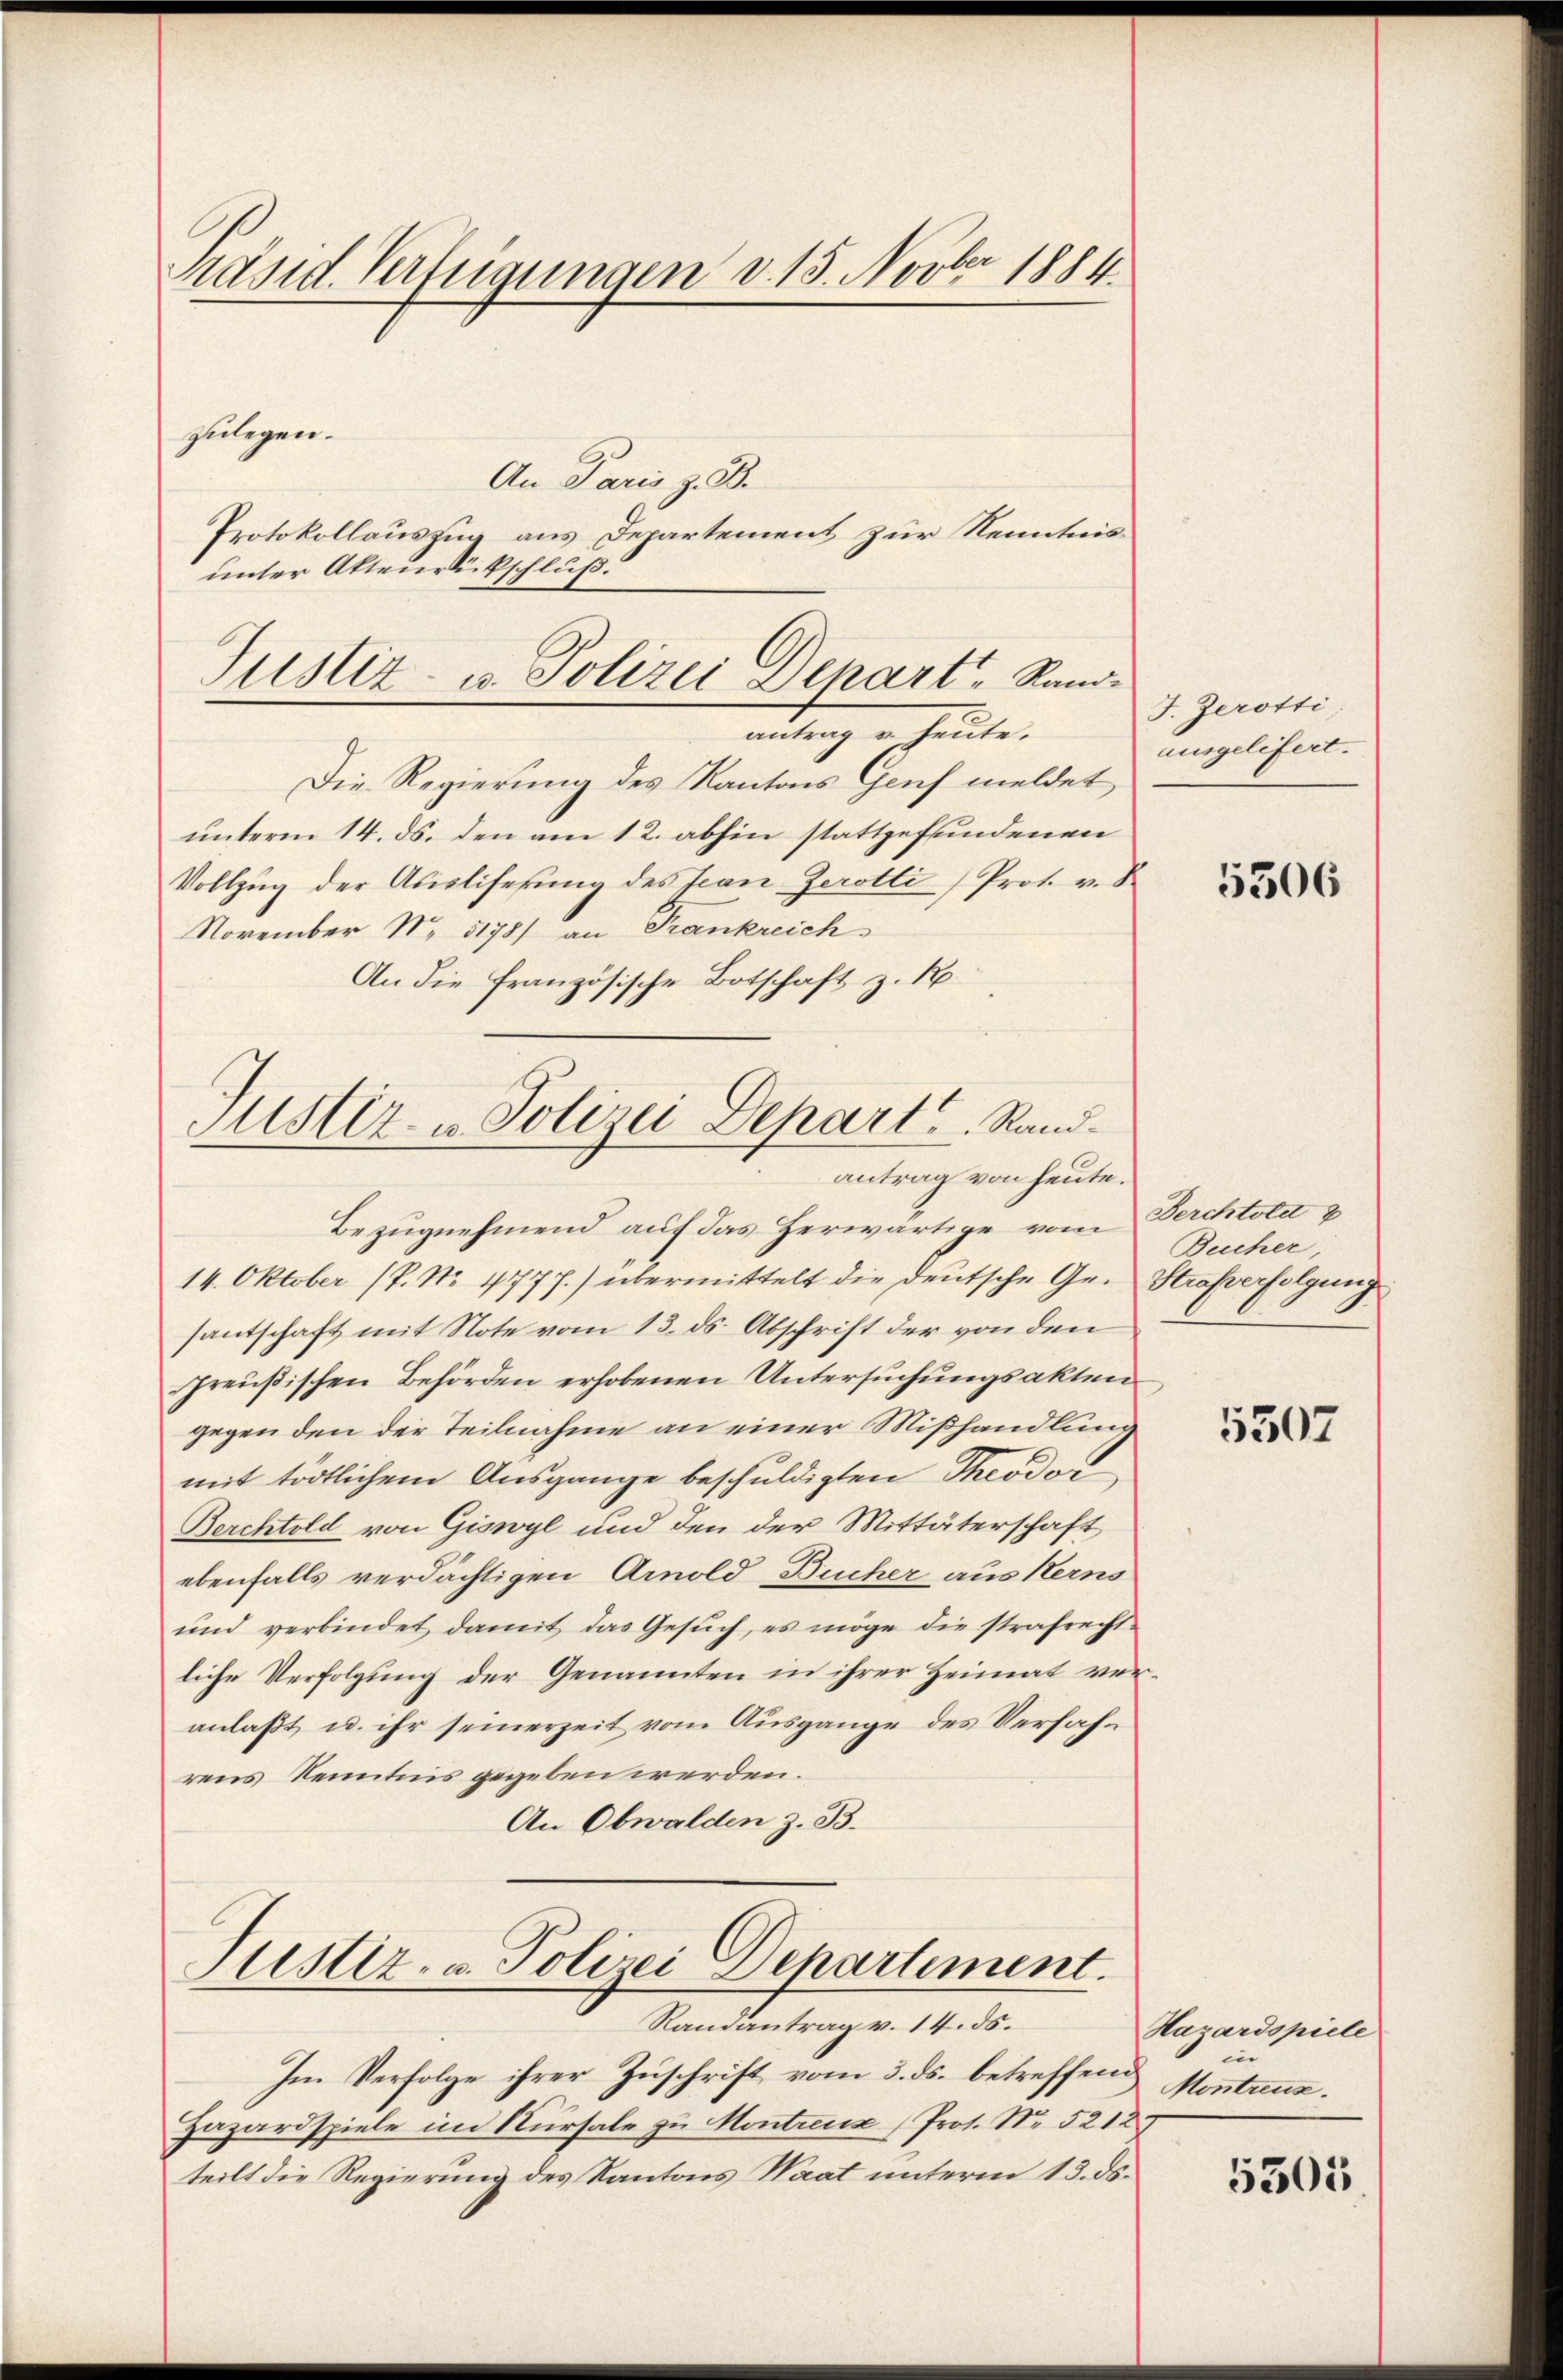
Präsid. Verfügungen v. 15. Novber 1884.

zulegen.
An Paris z. B.
Protokollauszug aus Departement zur Kenntnis
unter Akten Rückschluß

antrag v. heute.
Die Regierung des Kantons Genf meldet
unterm 14. ds. den am 12. abhin stattgefundenen
Vollzŭg der Ausliferung des Jean Zerotti) Prot. v. 8.
November N. 5178/ an Trankreich
An die Französische Botschaft z. R

Justiz- u. Polizei Depart, Rand¬

Justiz- & Polizei Depart. Randantrag von heute.

Bezugnehmend auf das Herwärtige vom Berchtold
14. Oktober (T. No. 477 f.) übermittelt die deutsche Ge- Straße folgung
santschaft mit Note vom 13. ds. Abschrift der von den
Preußischen Behörden erhobenen Untersuchungsakten
gegen den der Teilnahme an einer Mißhandlung
mit tödtlichem Ausgange beschuldigten Theodor
Berchtold von Giswyl und den der Mittäterschaft
ebenfalls verdächtigen Arnold Bücher aus Kerns
und verbindet damit das Gesŭch, es möge die strafrecht-
liche Verfolgung der Genannten in ihrer Heimat veranlaßt u. ihr seinerzeit vom Ausgange des Verfahrens Kenntnis gegeben werden.
An Obwalden z. B.

Justiz- u. Polizei Departement.
Randantrag v. 14. ds.

Im Verfolge ihrer Zuschrift vom 3. ds. betreffend
Hazardspiele im Kursale zu Montreux (Prot. No. 5212.
teilt die Regierung des Kantons Waat unterm 13. ds.

J. Zerotti
ausgelefert.

5306

Bucher,

5507

Hazardspiele
Montreuz.

5505